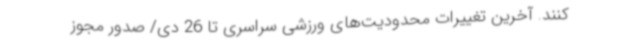
کنند. آخرین تغییرات محدودیت‌های ورزشی سراسری تا 26 دی/ صدور مجوز